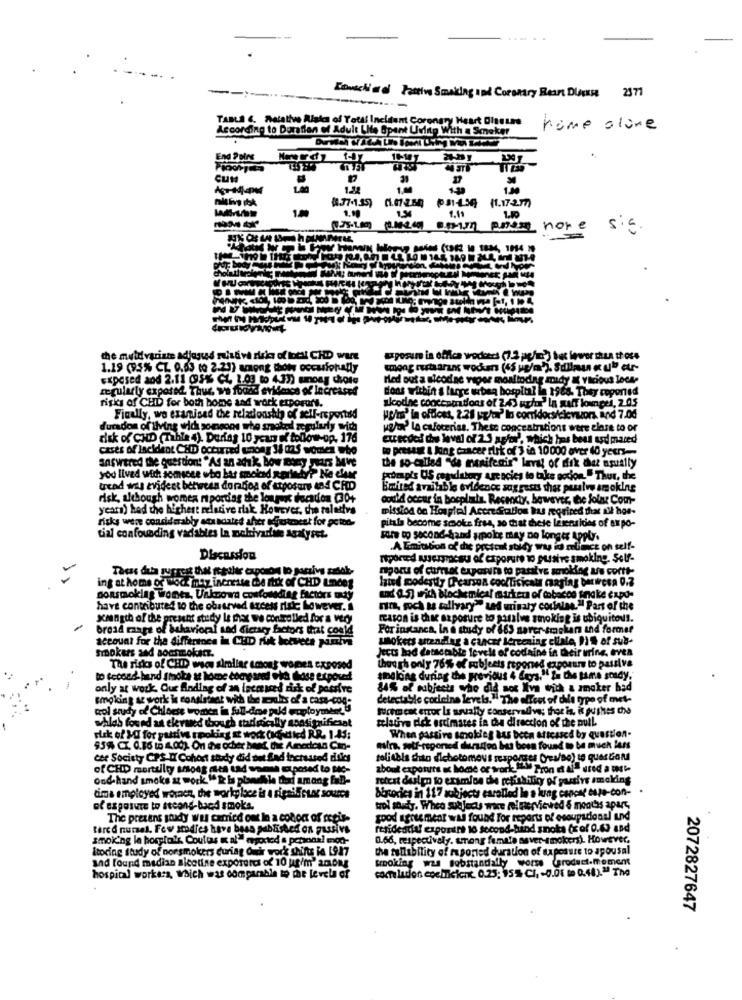
.....
--
-..
Envechia Pastive Smaking and Coronary Heart Ducks 2371
-----
TABLa 6. Relative Risks of Total Incident Coronary Heart Olsune
According to Dortien of Adult Lite Spent Living With a Smoker
home alone
End Pains
CUM
(.77.1.35)
(.77-1.35) 01.07254
PS1-4.56
(1.17-2.77)
1.19
1.11
1.50
P.no.mn
nore
S.E.
the muldvarinte adjusted missive risks of best CHD WIE
uporuur in office wodcers (7.2 pag/o)) tet lower thun th oss
1.19 (95% CL 0.03 (o 2.23) among thorn occasionally
Exposed and 2.11 095% CL 1.03 to 4.37) smoay dipte
Hed out a sicodac vigor monitodag midy &t vicious loca-
regularly exposed. Thur, we foant evideos of Increased
dons within a large wibeą hospital in 1964. They reported
risks of CHD for both home and work erporurs.
alcothe concentrations of 2.43 ughur" In galt loungei, 2 05
Finally, wo examined the relationship of self-reported
Hos' in ofdicat, 2.28 up/or' lo com/docs/cicyork and 7.00
durados of living wid somgoos who smoked zemularly with
Hor La cafeterias. These concentrations were close to or
risk of CHD (Tihle 4). During 10 years of follow-op. 176
execded dos loval of 2.5 agoe', which has been asd pared
cases of lacident CHD occurred unong 34 m25 women who
to presast & kong cancer slik of 3 in 10000 over 40 years -.-
answered the question: "Ad an adık, bow many years beve
the so-called "de manifeair" last of dik det usually
you lived with someone who bar smoked sprinty? Ne clase
promp's US ceandstory arc acics to take socion. " Thur, the
tread was evident between doradios of etposare And CHID
Ewired available evidence suggests ther paulw smoking
risk, although women ripordias the longest tocados (30+
could occur in bocplats. Recencty, however, the folk Com-
years) had the highest relative risk However, che relathrs
mission on Houpiel Accre Sullos bus required that il hoe-
risks were considerably scandales sher sjustment for poter-
pitals become smoke free, so that these Izsensidies of ax po-
tial confounding vadables la pichivarfine Analyset.
Fora to second-hand spoke may no longer Apply.
.A Emitation of the present stidy wy id
self-
Discussion
reported werymacau of caporuire to puisive smoking. Self-
mporus of currat exposure to passive scnok
CBA 0.2
ing at home or wock maz ineneste the risk of CHD Lmces
hated modestly Crearsa cooltickcal ranging
ponsmoking Wontz, Unknown confounding factors maty
have contributed to the observed azcess risk Lowever. s
nr, poch as bulhary" us minaty counion." Part of the
schungth of the present study le char we controlled for a very
reason is chic exposure to passive smoking is ubiquitous.
broad mars of behavioral sad Kiersey factors that could
For instanca, In & study of 663 sarer-smekan and former
account for the difference in CHD rik beeveta partire
wokers antendlag a cancer lercening clinle, 1 % of sub-
smokers and sonsmokatz.
Jects had detsetabte levels of codaine in their urine, evea
The risks of CHD weos simliar among women exposed
though only 76% of subjects regoned exposure to passiva
to second- hand smoke at home compand eth Lose exposed
smeling during the previous & Cars." Ba the game sondy.
only at work. Our Anding of an incaued risk of possfre
84% af subjects who did not Iva with a smoker had
smoking at work in consistant with the polo of'a cars-cog-
delectable codeine levels." The effect of dile typo of met-
col study of Chiacte women in full-dme pold employment
frem est error Is usually conservalivs; thor is. it pushes che
whlab found as clerued though thrigically aoasignificaat
relative die estimates in de direction of the pull.
Fick of MOI for pattivs mpoking at work (adfdied RR. 1-45:
When passive smoking aus been attcased by question-
95% CI. 0.16 to 4.00). On The oder bakt, dič Amorosa Can-
mira, self-reported huurdon but been found to be much less
cet Society CPS D Cohort study did out fad lectsated dilds
tolisbia chin dichotomous sesportes Ces/so) to quesGan
of CHD morttilty sesong mes tad wemse cupcted to Me-
about exponuits ac home or work."l "ron et af" ured a test-
ond-hand smoke az work. "& ia pledle dord among fab-
rotest deslen to ersmion che refinhitcy of partire imelding
cima employed wornen, the workylace is a pipeil Gung source
BEstorica in 117 subjects caralied le a lung cancall taje-con-
of exposure to steand-bacd smoks.
wol soudy. Whee subjects wice meinerviewed & months apurs,
The pretens soudy was carried out In a coboat of setis-
good agreement wal found For reports of esoupscional und
tarcd numel. Few amdies have basa published on passivs
residedda! exporart 16 second-hand smoke (x of 0.63 and
smoking la hospials, Coules i al" mgxted a popons! mod-
0.66, respectively. among female saver-smokers). However,
Itocing study of nonsmokers curiag Our work shifts ia 1927
the fullability of reported duration of exposure to apousal
and found median Bicotine exporates of 10 ut/m' 200Mg
Brooking was Bobstandally worse @product.moment
coc lacion cochileicnc. 0.25: 95% CI, - 0.01 to 0.48)." The
hospital workers, which was comparable to the level of
2072827647